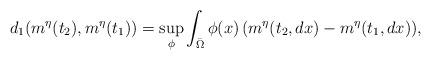
LaTeX: \begin{align*}d_1(m^{\eta}(t_2),m^{\eta}(t_1))= \sup_{\phi} \int_{\bar \Omega} \phi(x)\,(m^{\eta}(t_2,dx)-m^{\eta}(t_1,dx)),\end{align*}